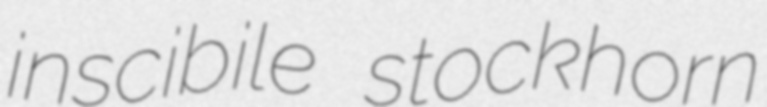
inscibile stockhorn